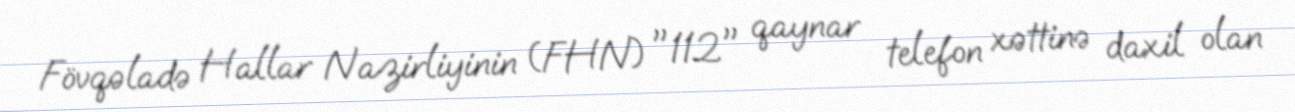
Fövqəladə Hallar Nazirliyinin (FHN) "112" qaynar telefon xəttinə daxil olan